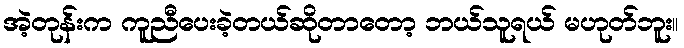
အဲ့တုန်းက ကူညီပေးခဲ့တယ်ဆိုတာတော့ ဘယ်သူရယ် မဟုတ်ဘူး။